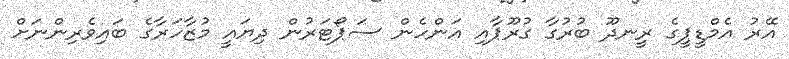
އޭރު އެމްޑީޕީގެ ރީނދޫ ބުރުގާ ގުރޫޕާއި އަންހެން ސަޕޯޓަރުން ދިޔައީ މުޒާހަރާގެ ބައިވެރިންނަށް